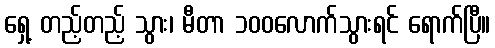
ရှေ့ တည့်တည့် သွား၊ မီတာ ၁၀၀လောက်သွားရင် ရောက်ပြီ။